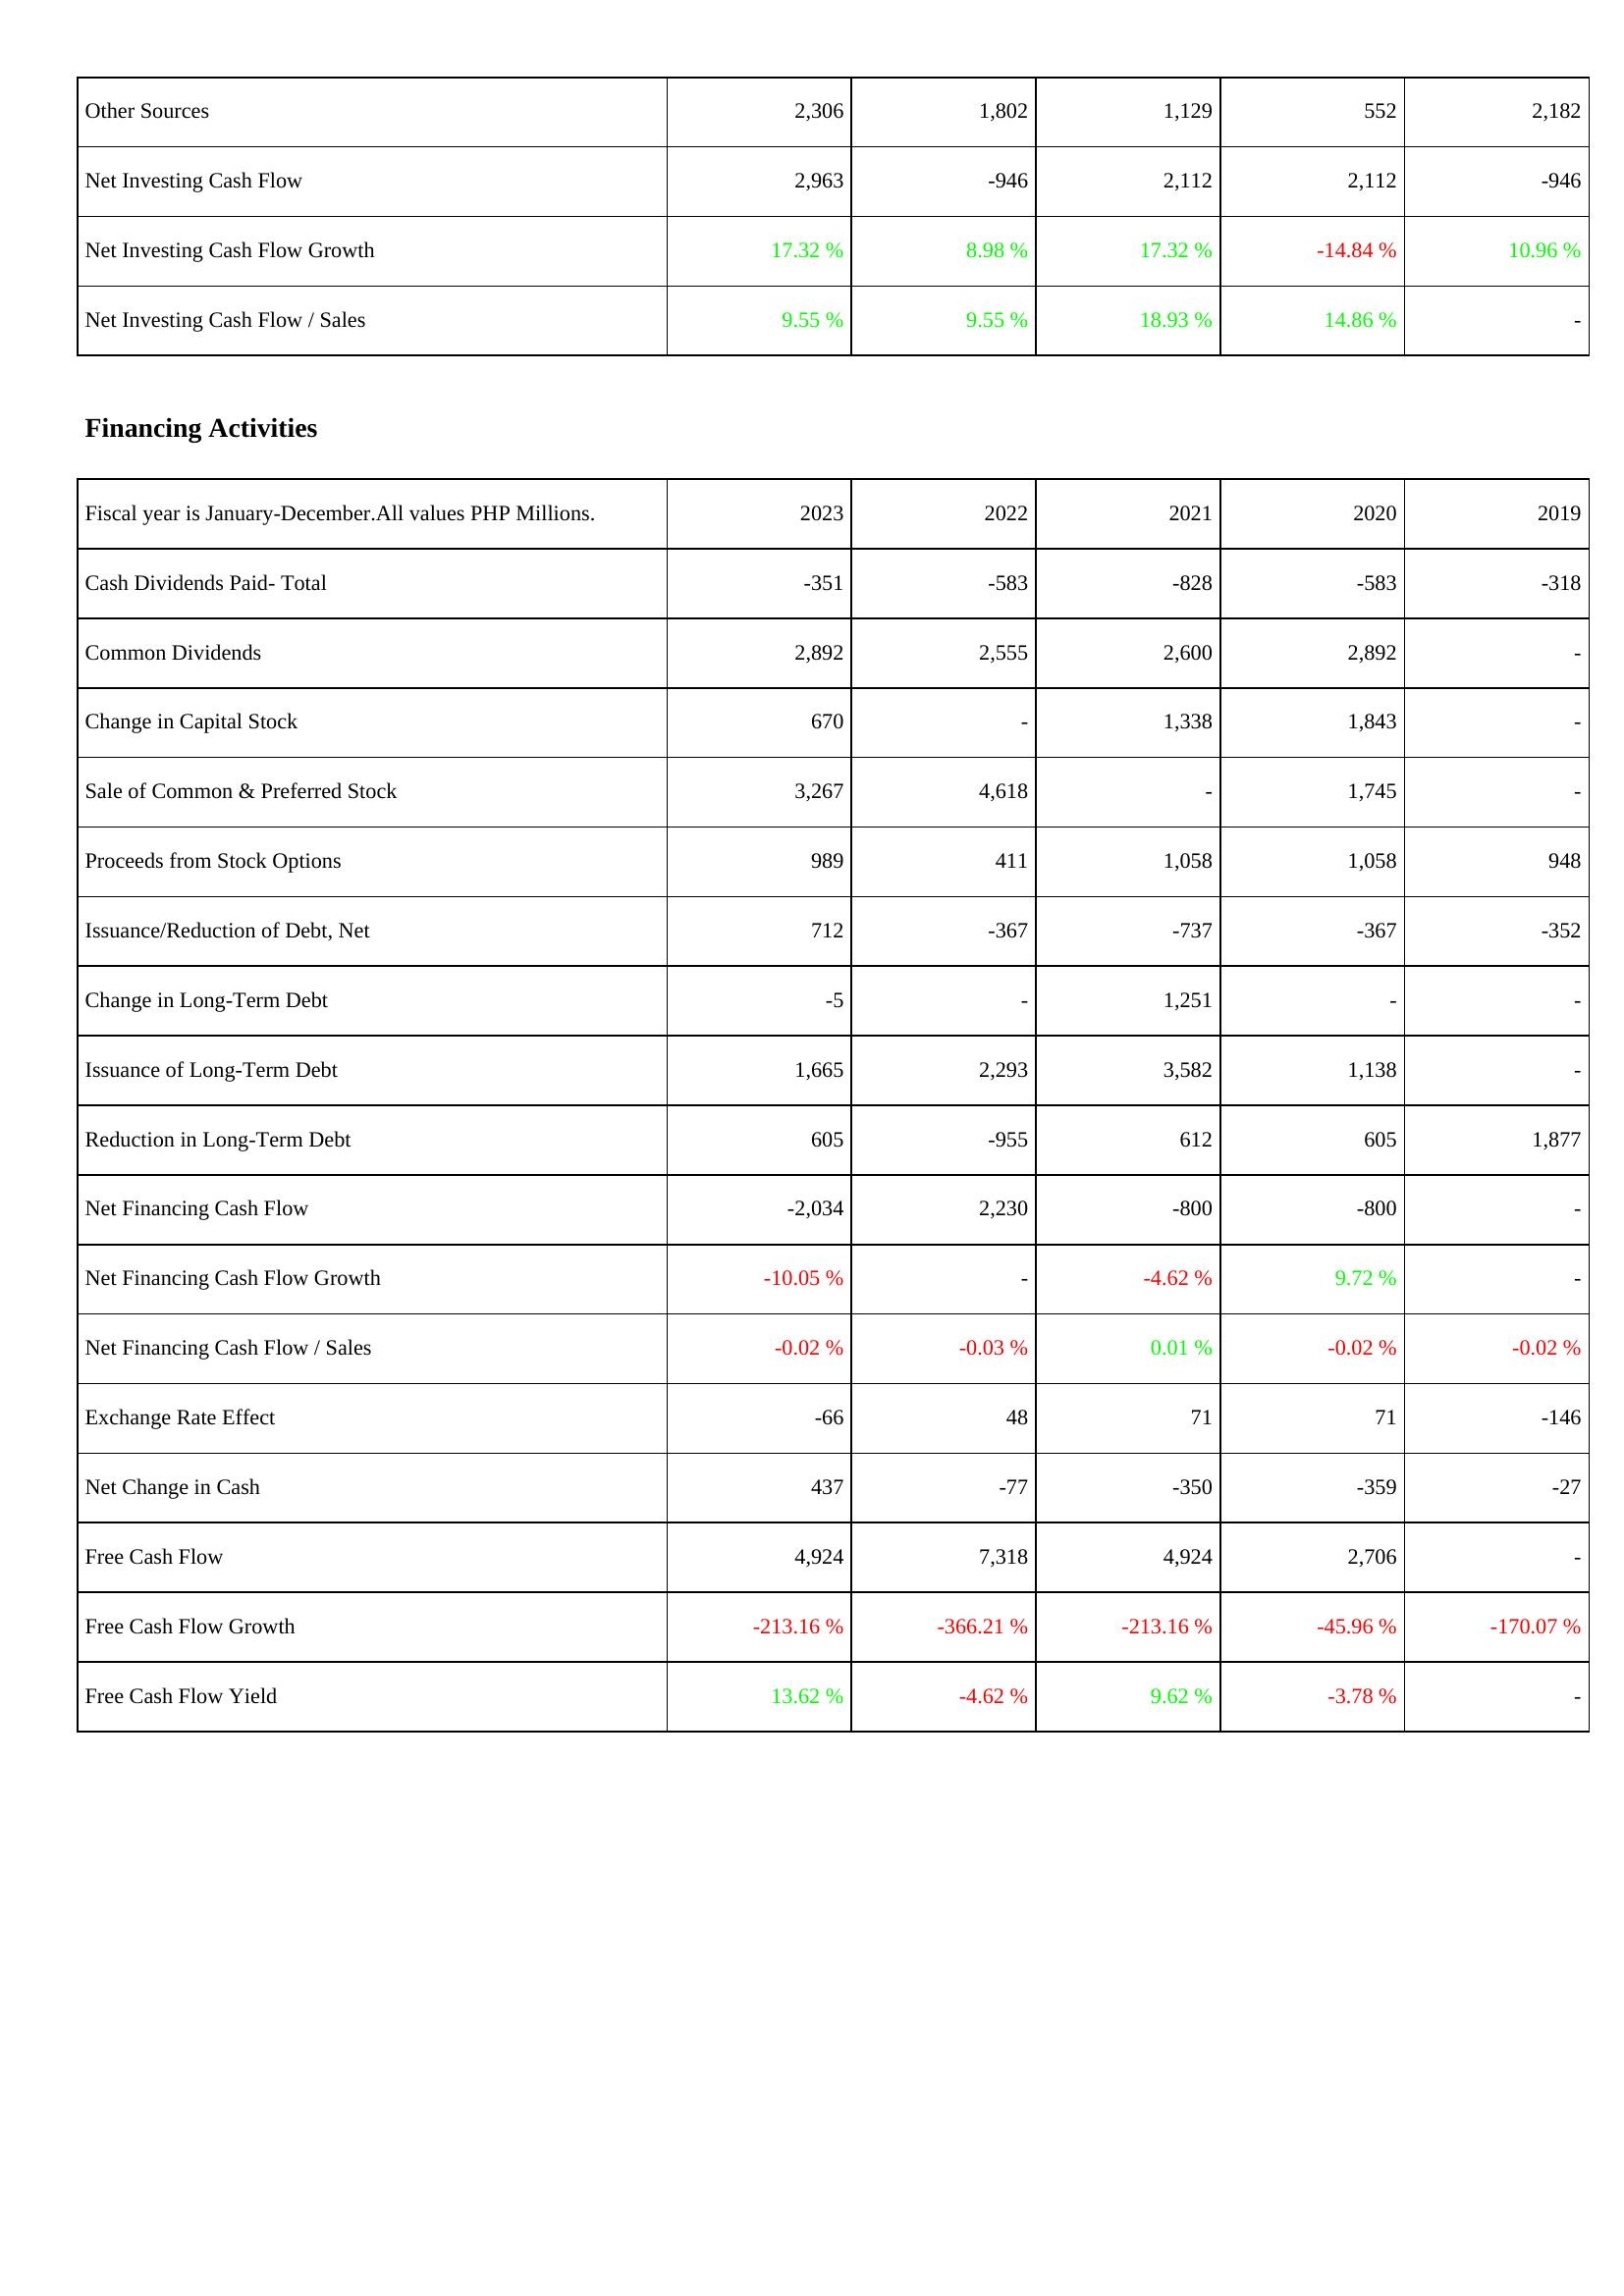
2023: Investing Activities: Other Sources: 2,306
Net Investing Cash Flow: 2,963
Net Investing Cash Flow Growth: 17.32 %
Net Investing Cash Flow / Sales: 9.55 %
Financing Activities: Cash Dividends Paid- Total: -351
Common Dividends: 2,892
Change in Capital Stock: 670
Sale of Common & Preferred Stock: 3,267
Proceeds from Stock Options: 989
Issuance/Reduction of Debt, Net: 712
Change in Long-Term Debt: -5
Issuance of Long-Term Debt: 1,665
Reduction in Long-Term Debt: 605
Net Financing Cash Flow: -2,034
Net Financing Cash Flow Growth: -10.05 %
Net Financing Cash Flow / Sales: -0.02 %
Exchange Rate Effect: -66
Net Change in Cash: 437
Free Cash Flow: 4,924
Free Cash Flow Growth: -213.16 %
Free Cash Flow Yield: 13.62 %
2022: Investing Activities: Other Sources: 1,802
Net Investing Cash Flow: -946
Net Investing Cash Flow Growth: 8.98 %
Net Investing Cash Flow / Sales: 9.55 %
Financing Activities: Cash Dividends Paid- Total: -583
Common Dividends: 2,555
Change in Capital Stock: -
Sale of Common & Preferred Stock: 4,618
Proceeds from Stock Options: 411
Issuance/Reduction of Debt, Net: -367
Change in Long-Term Debt: -
Issuance of Long-Term Debt: 2,293
Reduction in Long-Term Debt: -955
Net Financing Cash Flow: 2,230
Net Financing Cash Flow Growth: -
Net Financing Cash Flow / Sales: -0.03 %
Exchange Rate Effect: 48
Net Change in Cash: -77
Free Cash Flow: 7,318
Free Cash Flow Growth: -366.21 %
Free Cash Flow Yield: -4.62 %
2021: Investing Activities: Other Sources: 1,129
Net Investing Cash Flow: 2,112
Net Investing Cash Flow Growth: 17.32 %
Net Investing Cash Flow / Sales: 18.93 %
Financing Activities: Cash Dividends Paid- Total: -828
Common Dividends: 2,600
Change in Capital Stock: 1,338
Sale of Common & Preferred Stock: -
Proceeds from Stock Options: 1,058
Issuance/Reduction of Debt, Net: -737
Change in Long-Term Debt: 1,251
Issuance of Long-Term Debt: 3,582
Reduction in Long-Term Debt: 612
Net Financing Cash Flow: -800
Net Financing Cash Flow Growth: -4.62 %
Net Financing Cash Flow / Sales: 0.01 %
Exchange Rate Effect: 71
Net Change in Cash: -350
Free Cash Flow: 4,924
Free Cash Flow Growth: -213.16 %
Free Cash Flow Yield: 9.62 %
2020: Investing Activities: Other Sources: 552
Net Investing Cash Flow: 2,112
Net Investing Cash Flow Growth: -14.84 %
Net Investing Cash Flow / Sales: 14.86 %
Financing Activities: Cash Dividends Paid- Total: -583
Common Dividends: 2,892
Change in Capital Stock: 1,843
Sale of Common & Preferred Stock: 1,745
Proceeds from Stock Options: 1,058
Issuance/Reduction of Debt, Net: -367
Change in Long-Term Debt: -
Issuance of Long-Term Debt: 1,138
Reduction in Long-Term Debt: 605
Net Financing Cash Flow: -800
Net Financing Cash Flow Growth: 9.72 %
Net Financing Cash Flow / Sales: -0.02 %
Exchange Rate Effect: 71
Net Change in Cash: -359
Free Cash Flow: 2,706
Free Cash Flow Growth: -45.96 %
Free Cash Flow Yield: -3.78 %
2019: Investing Activities: Other Sources: 2,182
Net Investing Cash Flow: -946
Net Investing Cash Flow Growth: 10.96 %
Net Investing Cash Flow / Sales: -
Financing Activities: Cash Dividends Paid- Total: -318
Common Dividends: -
Change in Capital Stock: -
Sale of Common & Preferred Stock: -
Proceeds from Stock Options: 948
Issuance/Reduction of Debt, Net: -352
Change in Long-Term Debt: -
Issuance of Long-Term Debt: -
Reduction in Long-Term Debt: 1,877
Net Financing Cash Flow: -
Net Financing Cash Flow Growth: -
Net Financing Cash Flow / Sales: -0.02 %
Exchange Rate Effect: -146
Net Change in Cash: -27
Free Cash Flow: -
Free Cash Flow Growth: -170.07 %
Free Cash Flow Yield: -